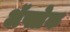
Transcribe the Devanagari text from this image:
अॅफ्लेक